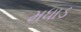
મધાડ